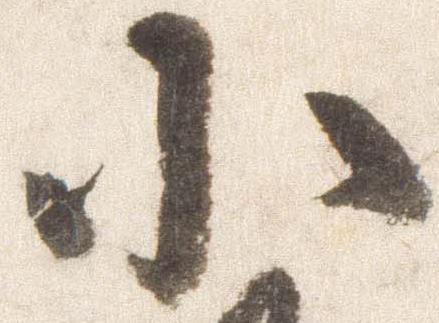
小